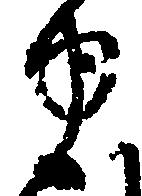
ま